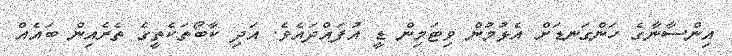
އިންސާނާގެ ހަންގަނޑަށް އެޅުމުން ވިޓަމިން ޑީ އުފައްދައެވެ. އަދި ކާބޯތަކެތީގެ ތެރެއިން ބައެއް